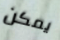
يمكن